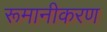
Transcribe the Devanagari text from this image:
रूमानीकरण